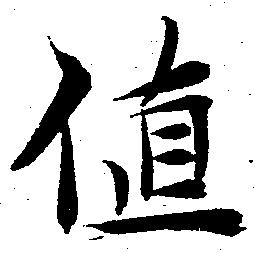
値